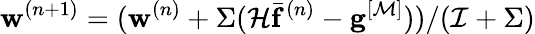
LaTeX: \mathbf{w}^{(n+1)}=(\mathbf{w}^{(n)}+\Sigma(\mathcal{H}\bar{\mathbf{f}}^{(n)}-\mathbf{g}^{[\mathcal{M}]}))/(\mathcal{I}+\Sigma)